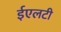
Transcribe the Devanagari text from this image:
ईएलटी